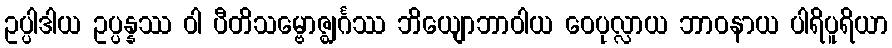
ဥပ္ပါဒါယ ဥပ္ပန္နဿ ဝါ ပီတိသမ္ဗောဇ္ဈင်္ဂဿ ဘိယျောဘာဝါယ ဝေပုလ္လာယ ဘာဝနာယ ပါရိပူရိယာ